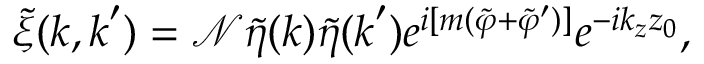
\tilde { \xi } ( \boldsymbol { k } , \boldsymbol { k } ^ { \prime } ) = \mathcal { N } \tilde { \eta } ( \boldsymbol { k } ) \tilde { \eta } ( \boldsymbol { k } ^ { \prime } ) e ^ { i [ m ( \tilde { \varphi } + \tilde { \varphi } ^ { \prime } ) ] } e ^ { - i k _ { z } z _ { 0 } } ,